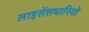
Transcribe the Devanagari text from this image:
लाइसेंसधारियो